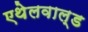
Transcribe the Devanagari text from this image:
एथेलवाल्ड